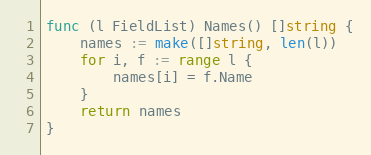
Language: Go
func (l FieldList) Names() []string {
	names := make([]string, len(l))
	for i, f := range l {
		names[i] = f.Name
	}
	return names
}